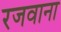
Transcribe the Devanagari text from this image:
रजवाना